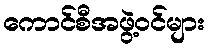
ကောင်စီအဖွဲ့ဝင်များ